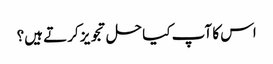
اس کا آپ کیا حل تجویز کرتے ہیں؟